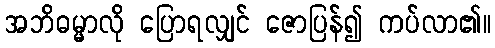
အဘိဓမ္မာလို ပြောရလျှင် ဇောပြန်၍ ကပ်လာ၏။